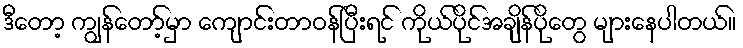
ဒီတော့ ကျွန်တော့်မှာ ကျောင်းတာဝန်ပြီးရင် ကိုယ်ပိုင်အချိန်ပိုတွေ များနေပါတယ်။